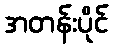
အတန်းပိုင်